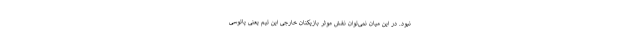
نبود. در این میان نمی‌توان نقش موثر بازیکنان خارجی این تیم یعنی پاتوسی